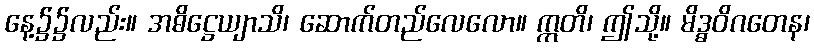
နေ့၌၌လည်း။ အဓိဋ္ဌေယျာသိ၊ ဆောက်တည်လေလော။ ဣတိ၊ ဤသို့။ မိဒ္ဓဝိဂတေန၊